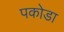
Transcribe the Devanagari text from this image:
पकोडा